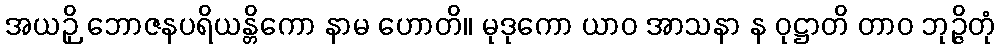
အယဉှိ ဘောဇနပရိယန္တိကော နာမ ဟောတိ။ မုဒုကော ယာဝ အာသနာ န ဝုဋ္ဌာတိ တာဝ ဘုဉ္ဇိတုံ